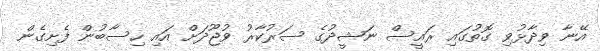
އޭނާ ވިދާޅުވި ގޮތުގައި ރައީސް ނަޝީދުގެ ސަރުކާރު ވުޖޫދަށް އައި ހިސާބުން ފެށިގެން